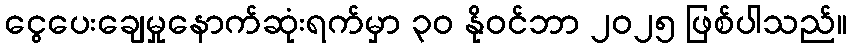
ငွေပေးချေမှုနောက်ဆုံးရက်မှာ ၃၀ နိုဝင်ဘာ ၂၀၂၅ ဖြစ်ပါသည်။